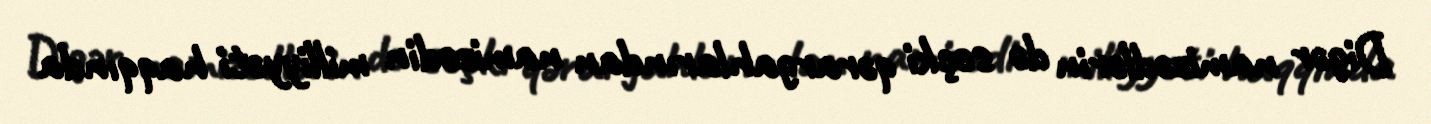
Digər namizədlərin də seçki qərargahlarından namizədin milliyyəti haqqında